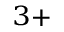
^ { 3 + }